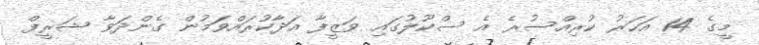
މީގެ 14 އަހަރު ކުރިއްސުރެ އެ ސްކޫލުގައި ވަޒީފާ އަދާކުރައްވަމުން ގެންދަވާ ޝަރީފް